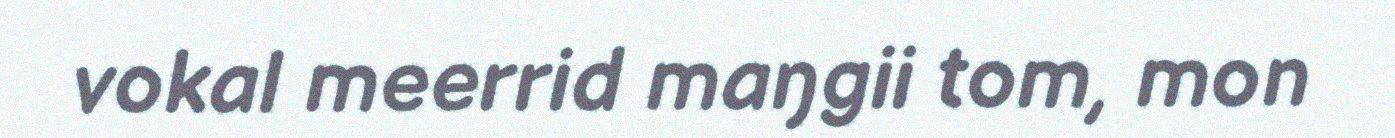
vokal meerrid maŋgii tom, mon